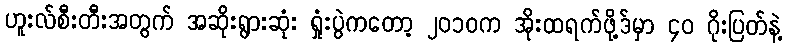
ဟူးလ်စီးတီးအတွက် အဆိုးရွားဆုံး ရှုံးပွဲကတော့ ၂၀၁၀က အိုးထရက်ဖို့ဒ်မှာ ၄၀ ဂိုးပြတ်နဲ့